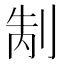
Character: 𭃥